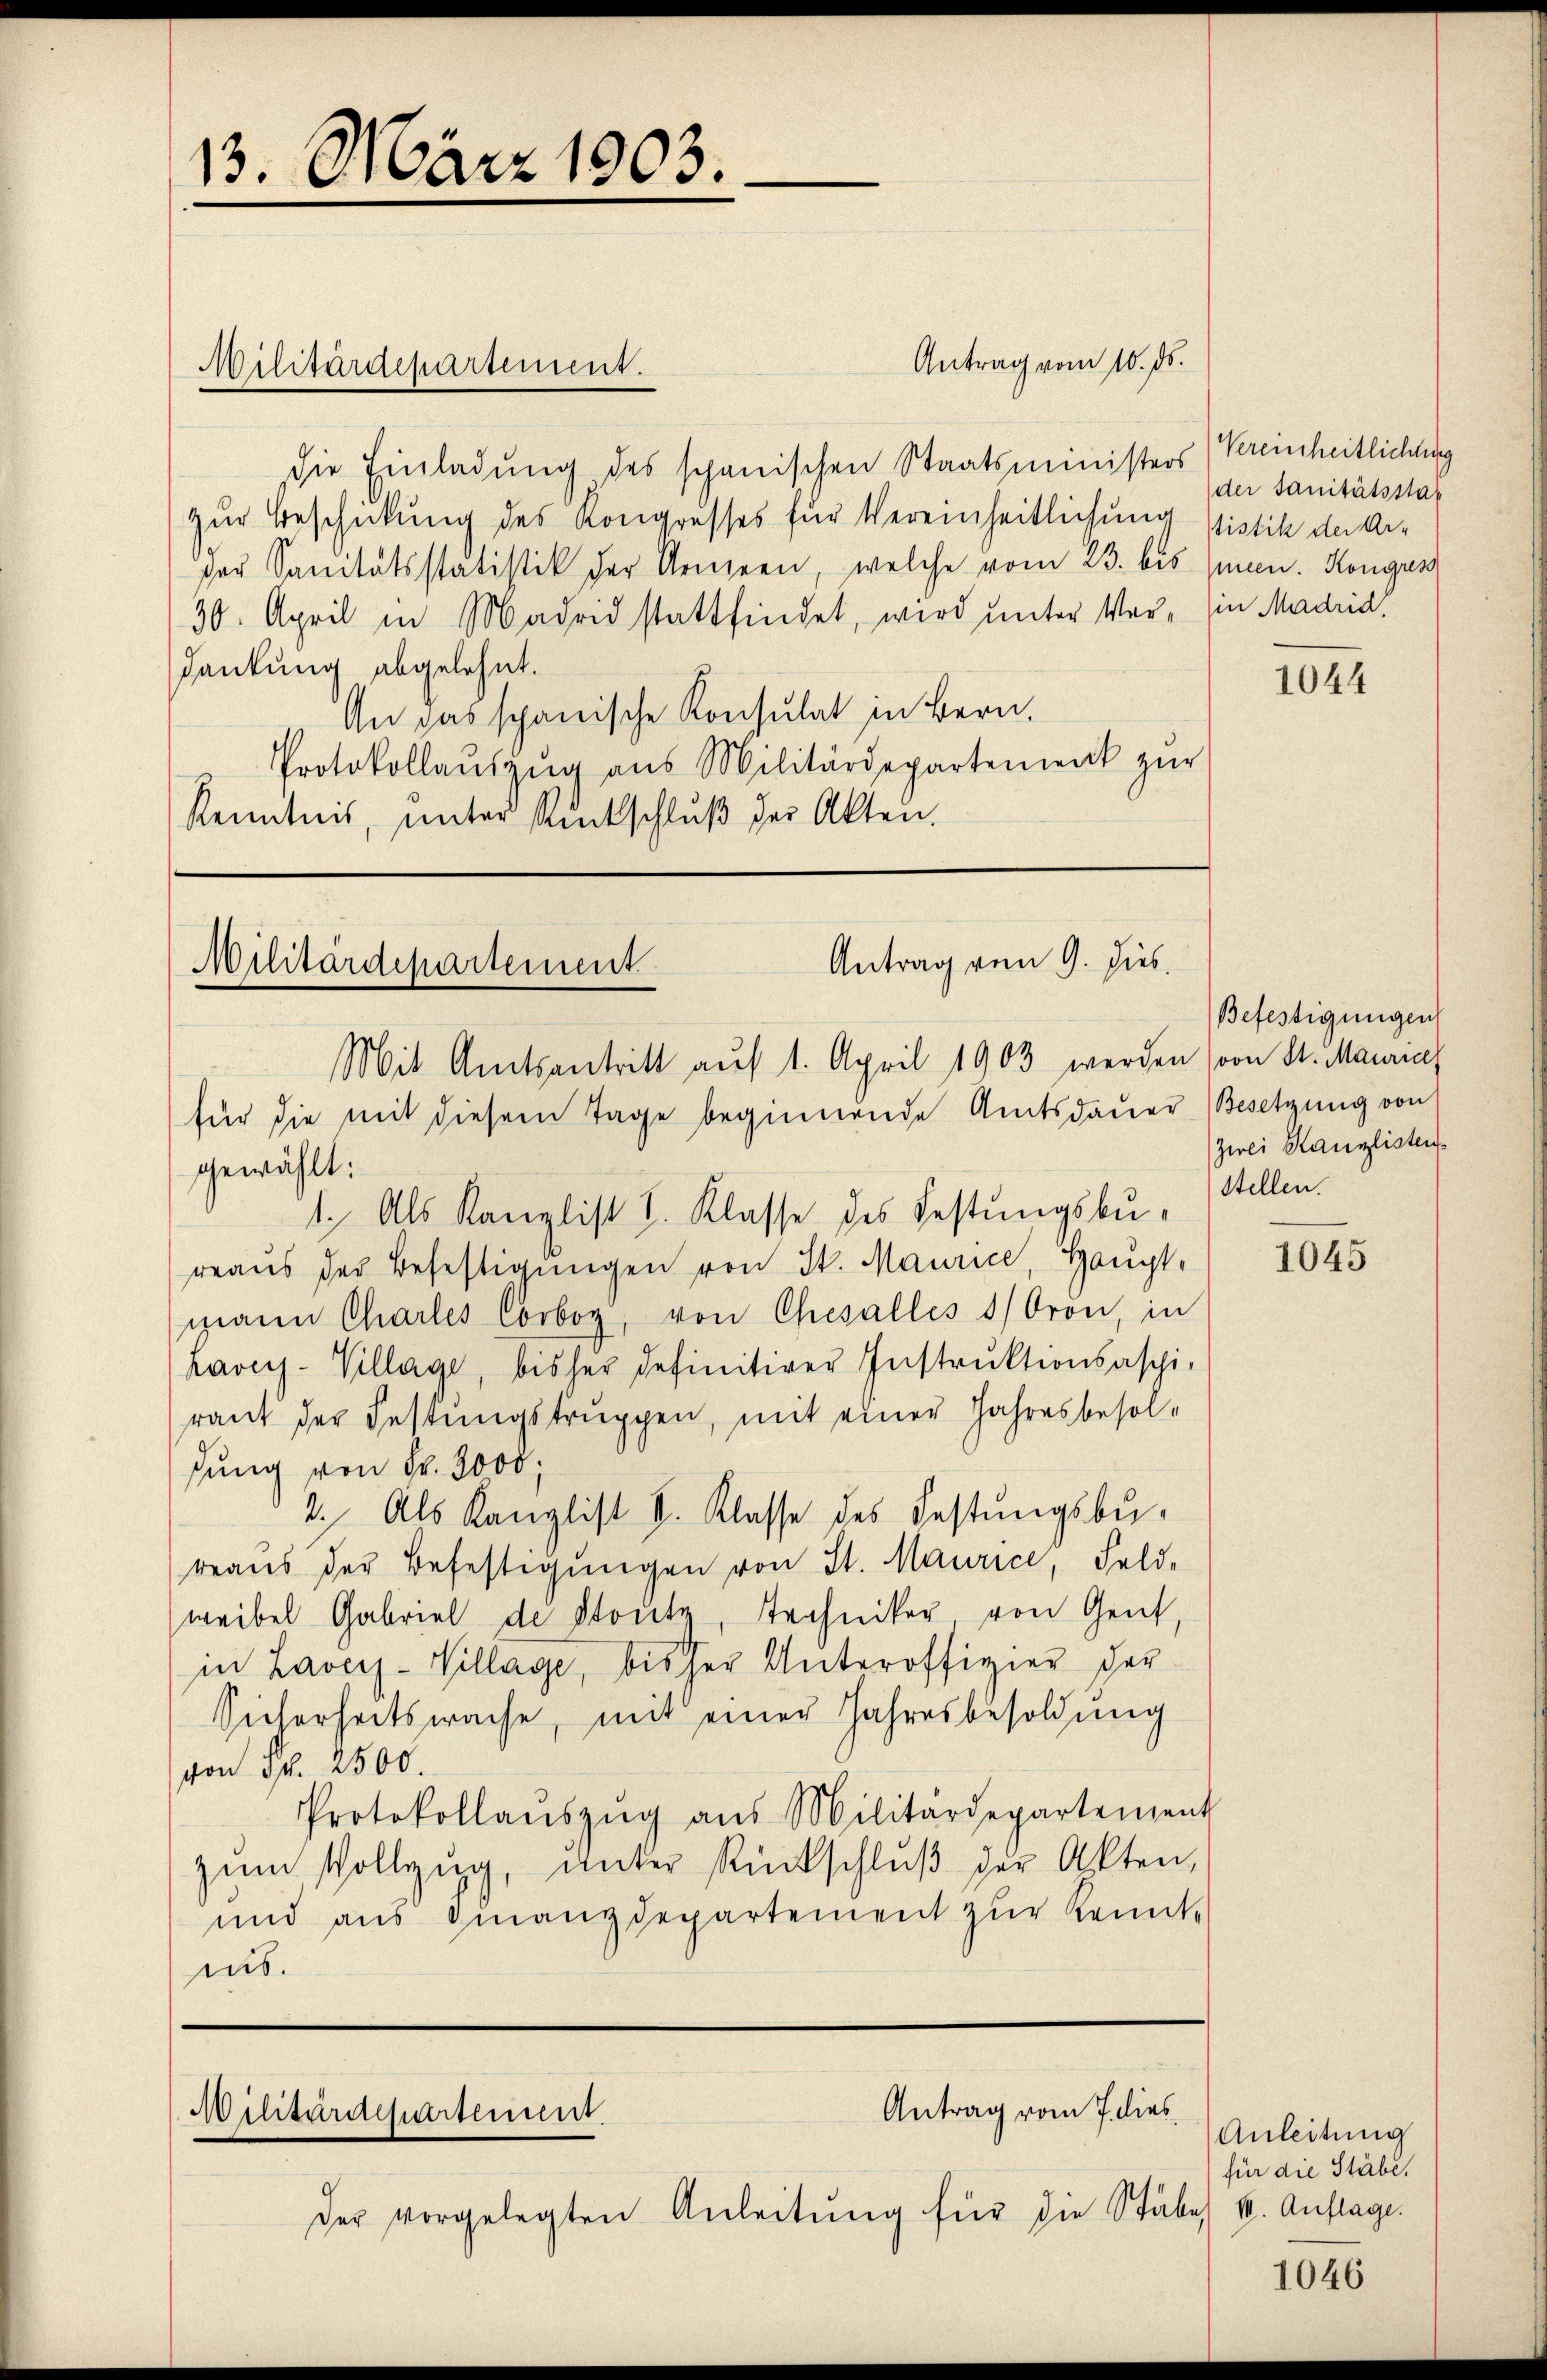
13. März 1903.

Militärdepartement.

die Einladung des schanischen Staatsministers Kreinheitlichung
zur Beschickung des Kongresses für Vereinheitlichung sistik der Ar-
der Sanitätsstatistik der Armeen, welche vom 23. bis (man. Kongun
30. April in Madrid stattfindet, wird unter Vor- in Madrid,
dankung abgelehnt.
An das spanische Konsulat in Bern.
Protokollaŭszŭg aŭs Militärdepartement zŭr
Kenntnis, unter Rückschlŭβ der Akten.

Antrag vom 9. Dies
Militärdepartement
Mit Amtsantritt auf 1. April 1903 werden (von St. Mauric

Antrag vom 10. ds.

Antrag vom 7. dies
Militärdepartement.

der vorgelegten Anleitŭng für die Stäbe u. Auflage.

für die mit diesem Tage beginnende Amtsdauer Besetzung von
gewählt:
1. Als Kanzlist I. Klasse des Festungsbureaŭs der Befestigungen von St. Maurice, Haupt-
mann Charles Corboy, von Chesalles 1/Oron, in
Lavey-Village, bisher definitiver Instruktionsaspi-
raut der Festungstruppen, mit einer Jahresbesolsung von Fr. 3000;
2. Als Kanzlist S. Klasse des Festungsbu-
reaŭs der Befestigŭngen von St. Maurice, Feld-
weibel Gabriel de Stutz, Techniker von Gent,
in Laveiz-Village, bisher Unteroffizier der
Sicherheitswache, mit einer Jahresbesoldung
von Fr. 2500.
Protokollaŭszŭg aŭs Militärdepartement
zum Vollzug, unter Rückschluß der Akten,
und aus Finanzdepartement zŭr Kennt-
ius.

der Sanitätssta¬

1044

Befestigungen
Zwei Kanzlisten
stellen.

1045

Anleitung
für die Stäbe,

1046